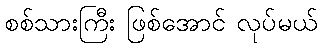
စစ်သားကြီး ဖြစ်အောင် လုပ်မယ်